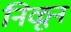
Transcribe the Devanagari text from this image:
निळून